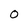
Character: 0